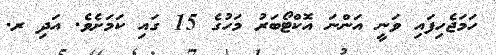
ހަމަޖެހިފައި ވަނީ އަންނަ އޮކްޓޯބަރު މަހުގެ 15 ގައި ކަމަށެވެ. އަދި ރ.